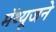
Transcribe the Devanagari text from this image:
मॅथ्यूजने